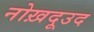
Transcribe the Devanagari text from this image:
नोख़दूउद